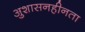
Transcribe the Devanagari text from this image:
अुशासनहीनता